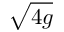
\sqrt { 4 g }